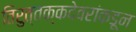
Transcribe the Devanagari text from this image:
तिरुत्तक्कदेवरांकडून